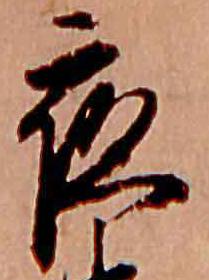
夜